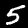
Digit: 5